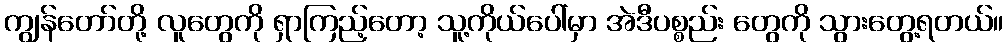
ကျွန်တော်တို့ လူတွေကို ရှာကြည့်တော့ သူ့ကိုယ်ပေါ်မှာ အဲဒီပစ္စည်း တွေကို သွားတွေ့ရတယ်။